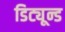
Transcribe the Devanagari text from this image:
डिट्यून्ड